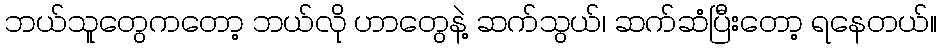
ဘယ်သူတွေကတော့ ဘယ်လို ဟာတွေနဲ့ ဆက်သွယ်၊ ဆက်ဆံပြီးတော့ ရနေတယ်။